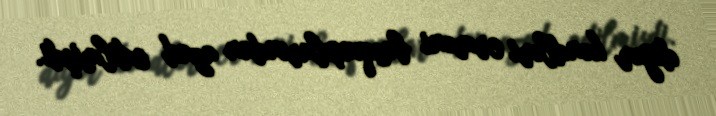
digər kəndləri erməni basqınçılarından azad edilmişdi.